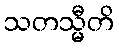
သတသ္မီတိ